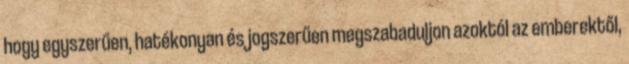
hogy egyszerűen, hatékonyan és jogszerűen megszabaduljon azoktól az emberektől,